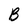
Character: B